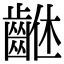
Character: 𪘠